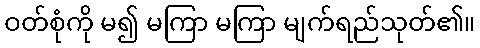
ဝတ်စုံကို မ၍ မကြာ မကြာ မျက်ရည်သုတ်၏။